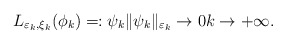
\begin{align*}L_{\varepsilon_{k},\xi_{k}}(\phi_{k})=:\psi_{k}\Vert\psi_{k}\Vert_{\varepsilon_{k}}\rightarrow0k\rightarrow+\infty.\end{align*}